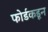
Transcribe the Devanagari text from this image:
फोर्डकडून